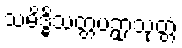
သမိဒ္ဓိသတ္တပဉှာသုတ္တံ